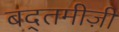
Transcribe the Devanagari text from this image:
बद्तमीज़ी